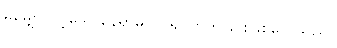
မမျှော်လင့်သောနေရာမှ ဝင်၍ တိုက်ခြင်းဖြစ်လေသည်။